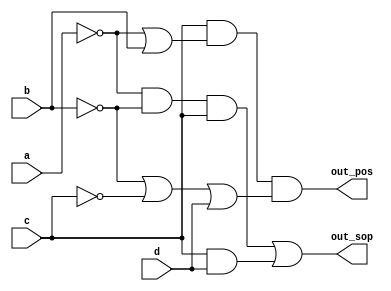
module top_module (
    input  wire a,
    input  wire b,
    input  wire c,
    input  wire d,
    output wire out_sop,
    output wire out_pos
);
    
    assign out_sop = (~a)&(~b)&c | c&d;
    assign out_pos = c & ((~a)|b) & ((~b)|(~c)|d);

endmodule